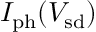
I _ { \mathrm { p h } } ( V _ { \mathrm { s d } } )